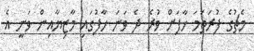
މެޗުގެ ފުރަތަމަ ހާފަށް ވުރެ ދެ ވަނަ ހާފުގައި މާޒިޔާއިން ވަނީ އެ